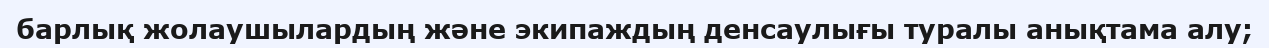
барлық жолаушылардың және экипаждың денсаулығы туралы анықтама алу;